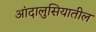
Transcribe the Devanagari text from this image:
आंदालुसियातील